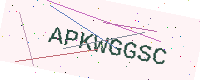
Text: APKWGGSC